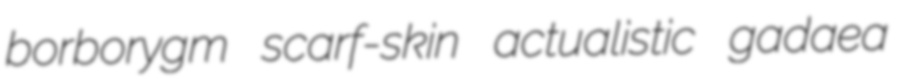
borborygm scarf-skin actualistic gadaea